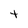
Character: t